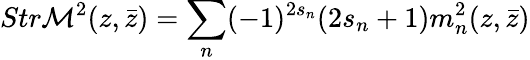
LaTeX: Str{\cal M}^{2}(z,\bar{z})=\sum_{n}(-1)^{2s_{n}}(2s_{n}+1)m_{n}^{2}(z,\bar{z})